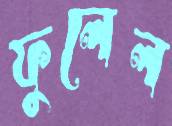
ফুলেল